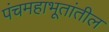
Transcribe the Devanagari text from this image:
पंचमहाभूतांतील